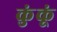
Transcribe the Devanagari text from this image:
कुंकूं